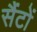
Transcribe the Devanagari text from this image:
सैंटों